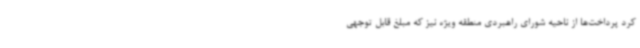
کرد پرداخت‌ها از ناحیه شورای راهبردی منطقه ویژه نیز که مبلغ قابل توجهی